Vaccination North-Western Provinces 1866-1877 - 1866-1877
Year: 1866
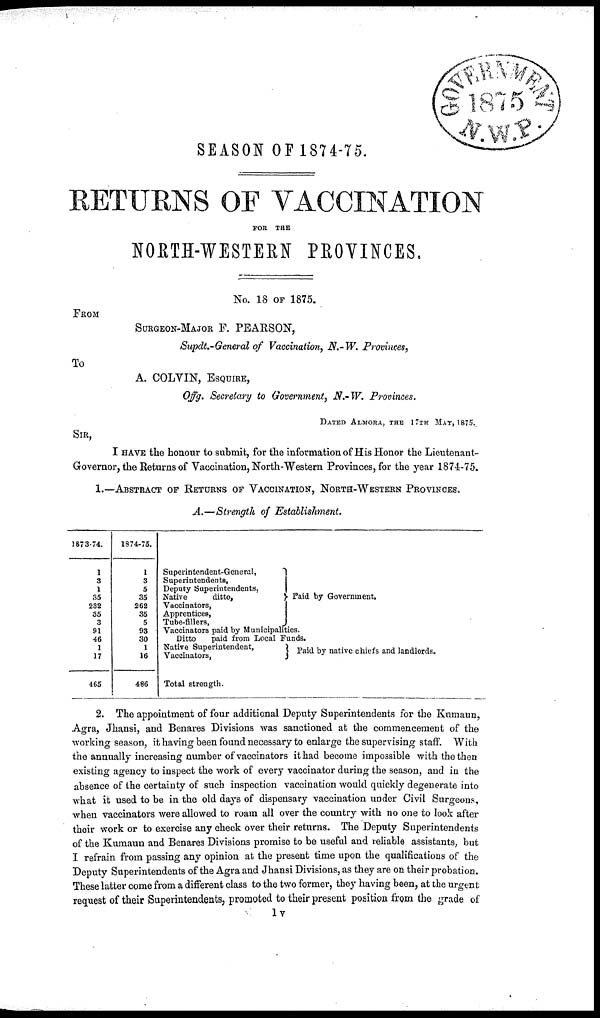
SEASON OF 1874-75.
RETURNS OF VACCINATION
FOR
THE
NORTH-WESTERN PROVINCES.
No. 18 OF 1875.
FROM
SURGEON-MAJOR F. PEARSON,
Supdt.-General of Vaccination, N.-W. Provinces,
To
A. COLVIN, ESQUIRE,
Offg. Secretary to Government, N.-W. Provinces.
DATED ALMORA, THE 17TH MAT, 1875.
Sir,
I have the honour to submit, for the information of His Honor the Lieutenant¬
Governor, the Returns of Vaccination, North-Western Provinces, for the year 1874-75.
1.—ABSTRACT OF RETURNS OF VACCINATION, NORTH-WESTERN PROVINCES.
A.—Strength of Establishment.
1873-74.
I
3
1
35
232
35
3
91
46
1
17
465
1874-75.
1
3
5
35
262
35
5
93
30
1
16
486
Superintendent-General,
Superintendents,
Deputy Superintendents,
Native
ditto,
Vaccinators,
Apprentices,
Tube-fillers,
Paid by Government.
Vaccinators paid by Municipalities.
Ditto
paid from Local Funds.
Native Superintendent,
Vaccinators,
Total strength.
Paid by native chiefs and landlords.
2. The appointment of four additional Deputy Superintendents for the Kumaun,
Agra, Jhansi, and Benares Divisions was sanctioned at the commencement of the
working season, it having been found necessary to enlarge the supervising staff. With
the annually increasing number of vaccinators it had become impossible with the then
existing agency to inspect the work of every vaccinator during the season, and in the
absence of the certainty of such inspection vaccination would quickly degenerate into
what it used to be in the old days of dispensary vaccination under Civil Surgeons,
when vaccinators were allowed to roam all over the country with no one to look after
their work or to exercise any check over their returns. The Deputy Superintendents
of the Kumaun and Benares Divisions promise to be useful and reliable assistants, but
I refrain from passing any opinion at the present time upon the qualifications of the
Deputy Superintendents of the Agra and Jhansi Divisions, as they are on their probation.
These latter come from a different class to the two former, they having been, at the urgent
request of their Superintendents, promoted to their present position from the grade of
1v